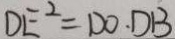
D E ^ { 2 } = D O \cdot D B